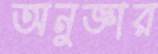
অনুজ্ঞার